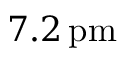
7 . 2 \, \mathrm { p m }